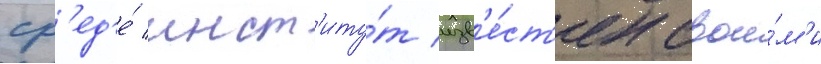
ср'ед'е́ инст'иту́т изв'е́ст'ен свои́м'и